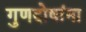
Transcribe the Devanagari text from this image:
गुणदोषांना